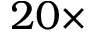
2 0 \times